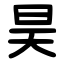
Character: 昊